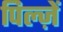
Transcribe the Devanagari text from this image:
पिल्ज़ें